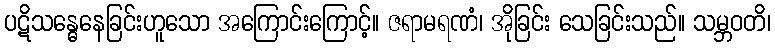
ပဋိသန္ဓေနေခြင်းဟူသော အကြောင်းကြောင့်။ ဇရာမရဏံ၊ အိုခြင်း သေခြင်းသည်။ သမ္ဘဝတိ၊